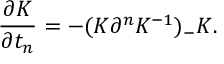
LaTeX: \frac { \partial K } { \partial t _ { n } } = - ( K \partial ^ { n } K ^ { - 1 } ) _ { - } K .